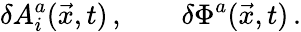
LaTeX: \delta A_{i}^{a}(\vec{x},t)\, ,\qquad\delta\Phi^{a}(\vec{x},t)\, .